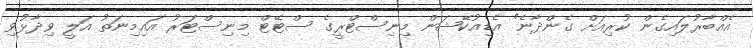
އެއްބާރުލައިގެން ކުރިއަށް ގެންދާނެ" އެޑިއުކޭޝަން މިނިސްޓްރީގެ ސްޓޭޓް މިނިސްޓަރު އައިމިނަތު އަލީ ވިދާޅުވި